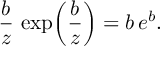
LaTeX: \frac { b } { z } \, \exp \! \left( \frac { b } { z } \right) = b \, e ^ { b } .